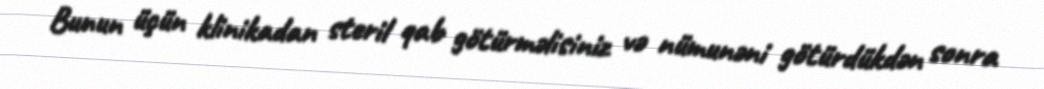
Bunun üçün klinikadan steril qab götürməlisiniz və nümunəni götürdükdən sonra